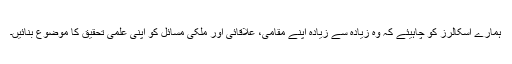
ہمارے اسکالرز کو چاہیئے کہ وہ زیادہ سے زیادہ اپنے مقامی، علاقائی اور ملکی مسائل کو اپنی علمی تحقیق کا موضوع بنائیں۔